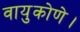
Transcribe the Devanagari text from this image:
वायुकोणे।